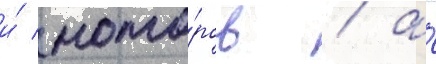
и́ мото́ров / а́